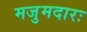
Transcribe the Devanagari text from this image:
मजुमदारः